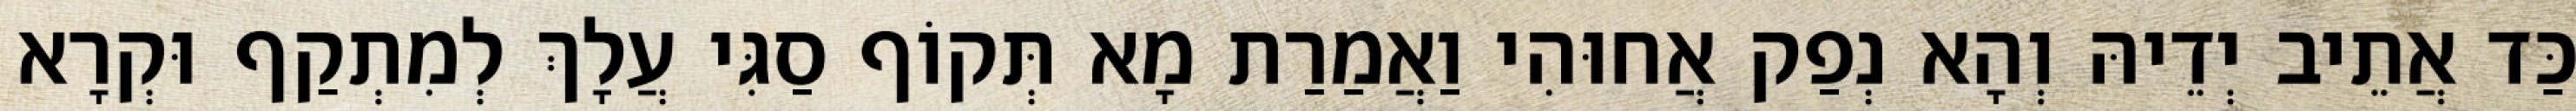
כַּד אֲתֵיב יְדֵיהּ וְהָא נְפַק אֲחוּהִי וַאֲמַרַת מָא תְּקוֹף סַגִּי עֲלָךְ לְמִתְקַף וּקְרָא